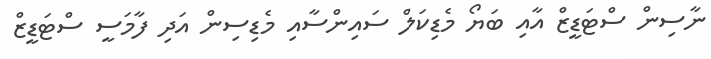
ނާސިން ސްޓަޑީޒް އާއި ބަޔޯ މެޑިކަލް ސައިންސާއި މެޑިސިން އަދި ފާމަސީ ސްޓަޑީޒް